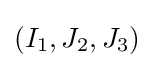
(I_{1},J_{2},J_{3})